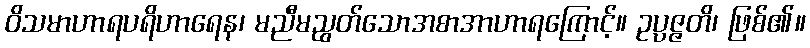
ဝိသမာဟာရပရိဟာရေန၊ မညီမညွတ်သောအစာအာဟာရကြောင့်။ ဥပ္ပဇ္ဇတိ၊ ဖြစ်၏။